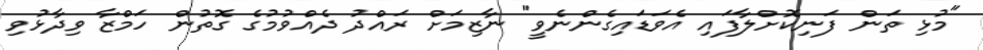
"މުޅި ތަން ފަނިކޮށްލާފައި އެވަޑައިގެންނެވީ" ނާޒިމަށް ރައްދު ދެއްވުމުގެ ގޮތުން ހަމްޒާ ވިދާޅުވި